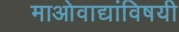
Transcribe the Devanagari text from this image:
माओवाद्यांविषयी